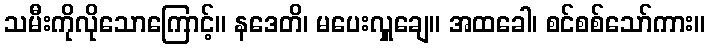
သမီးကိုလိုသောကြောင့်။ နဒေတိ၊ မပေးလှူချေ။ အထခေါ၊ စင်စစ်သော်ကား။